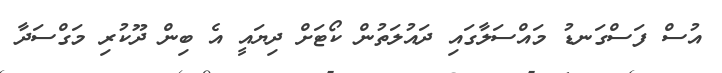
އުސް ފަސްގަނޑު މައްސަލާގައި ދައުލަތުން ކޯޓަށް ދިޔައީ އެ ބިން ދޫކުރި މަގްސަދާ